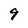
Character: 9